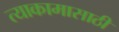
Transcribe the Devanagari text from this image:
त्याकामासाठी